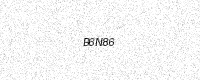
Text: B6N86